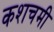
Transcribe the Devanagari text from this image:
कशचमी